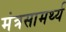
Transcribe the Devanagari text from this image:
मंत्रसामर्थ्य